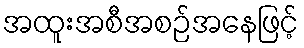
အထူးအစီအစဉ်အနေဖြင့်